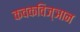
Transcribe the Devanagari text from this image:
कवकविज्ञान